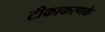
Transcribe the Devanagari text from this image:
टीकाकरणके